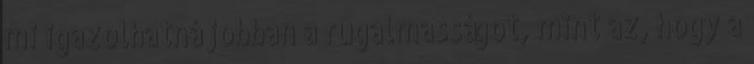
mi igazolhatná jobban a rugalmasságot, mint az, hogy a